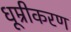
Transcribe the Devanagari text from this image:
धूम्रीकरण